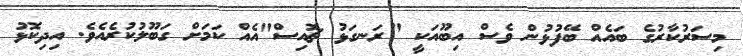
މިސަރުކާރުގެ ބައެއް ބޭފުޅުން ވެސް އިބޫއަކީ "ރަނގަޅު ޗޮއިސް"އެއް ކަމަށް ގަބޫލުކުރެއެވެ. އިދިކޮޅު